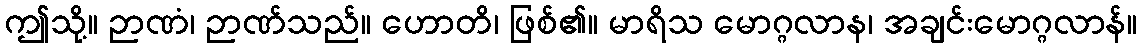
ဤသို့။ ဉာဏံ၊ ဉာဏ်သည်။ ဟောတိ၊ ဖြစ်၏။ မာရိသ မောဂ္ဂလာန၊ အချင်းမောဂ္ဂလာန်။